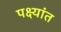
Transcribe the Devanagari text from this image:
पक्ष्यांत